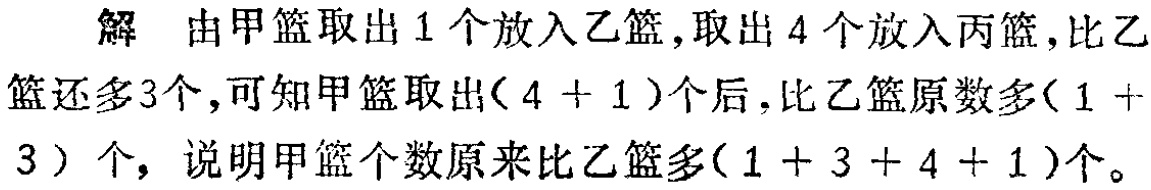
解 由甲篮取出$1$个放入乙篮,取出$4$个放入丙篮,比乙篮还多$3$个,可知甲篮取出$(4 + 1)$个后,比乙篮原数多$(1 + 3)$个, 说明甲篮个数原来比乙篮多$(1 + 3 + 4 + 1)$个。